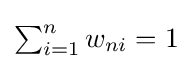
{\textstyle \sum _{i=1}^{n}w_{ni}=1}